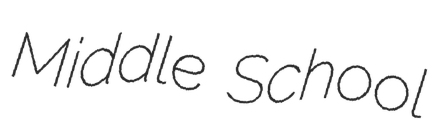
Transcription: Middle School